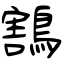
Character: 鶷